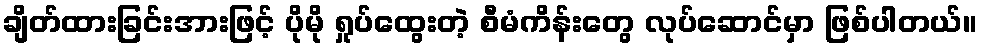
ချိတ်ထားခြင်းအားဖြင့် ပိုမို ရှုပ်ထွေးတဲ့ စီမံကိန်းတွေ လုပ်ဆောင်မှာ ဖြစ်ပါတယ်။